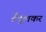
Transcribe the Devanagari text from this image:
तेँदुलकर